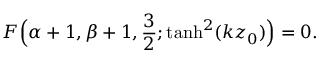
F \Bigl ( \alpha + 1 , \beta + 1 , \frac { 3 } { 2 } ; \operatorname { t a n h } ^ { 2 } ( k z _ { 0 } ) \Bigr ) = 0 .